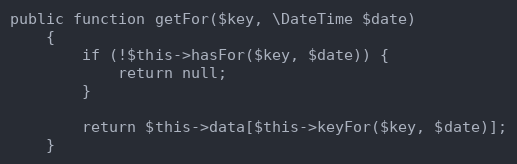
Language: PHP
public function getFor($key, \DateTime $date)
    {
        if (!$this->hasFor($key, $date)) {
            return null;
        }

        return $this->data[$this->keyFor($key, $date)];
    }